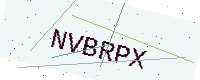
Text: NVBRPX